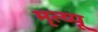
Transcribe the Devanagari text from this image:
मृत्य्पू